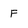
Character: F